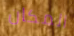
المكان